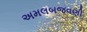
અમલબજવણી